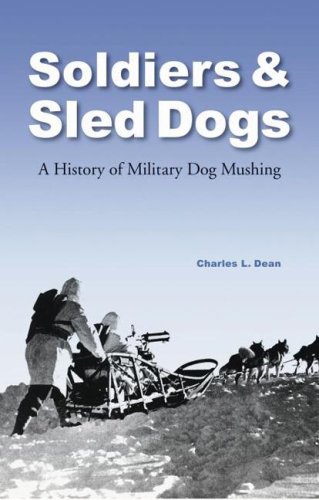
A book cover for Soldiers and Sled Dogs: A History of Military Dog Mushing; Charles L. Dean; Sports & Outdoors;